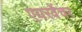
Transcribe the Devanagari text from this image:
एयरवेंचर